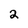
Character: 2